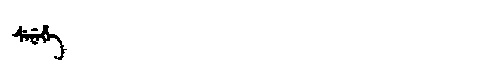
Manchu: ᠰᡝᠨᡝᡥᡝ
Romanization: SENEHE